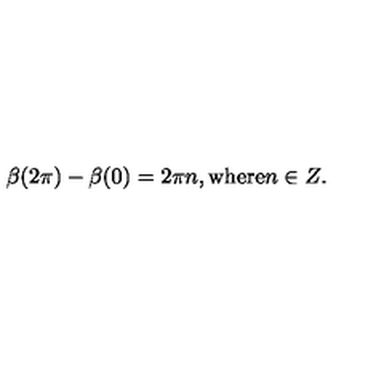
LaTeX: \beta ( 2 \pi ) - \beta ( 0 ) = 2 \pi n , \mathrm { w h e r e } n \in Z .